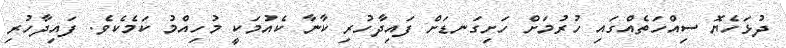
ދުޅަހެޔޮ ސިއްހަތެއްގައި ހުރުމަށް ހަށިގަނޑަށް ފައިދާހުރި ކާނާ ކެއުމަކީ މުހިއްމު ކަމެކެވެ. ފައިދާހުރި